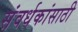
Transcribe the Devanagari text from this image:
संवर्धकांसाठी